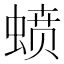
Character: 𰳊